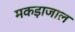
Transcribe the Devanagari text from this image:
मकड़ाजाल